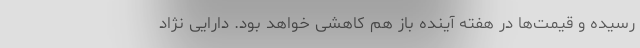
رسیده و قیمت‌ها در هفته آینده باز هم کاهشی خواهد بود. دارایی نژاد